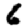
Digit: 6